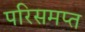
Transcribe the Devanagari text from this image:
परिसमप्‍त